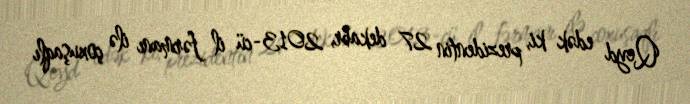
Qeyd edək ki, prezidentin 27 dekabr, 2013-cü il fərmanı ilə çoxuşaqlı